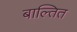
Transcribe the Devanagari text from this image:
बाल्तित